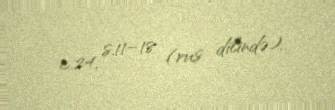
c.24, s.11–18 (rus dilində).